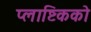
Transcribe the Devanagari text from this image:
प्लाष्टिकको